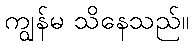
ကျွန်မ သိနေသည်။